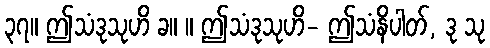
၃၇။ ဤသံဒုသုဟိ ခ။ ။ ဤသံဒုသုဟိ- ဤသံနိပါတ်, ဒု သု